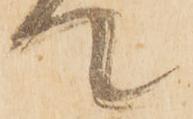
て